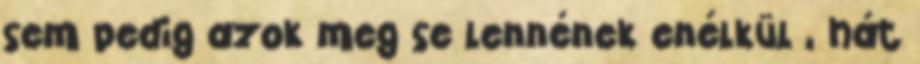
sem pedig azok meg se lennének enélkül , hát